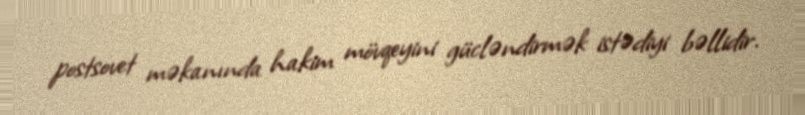
postsovet məkanında hakim mövqeyini gücləndirmək istədiyi bəllidir.